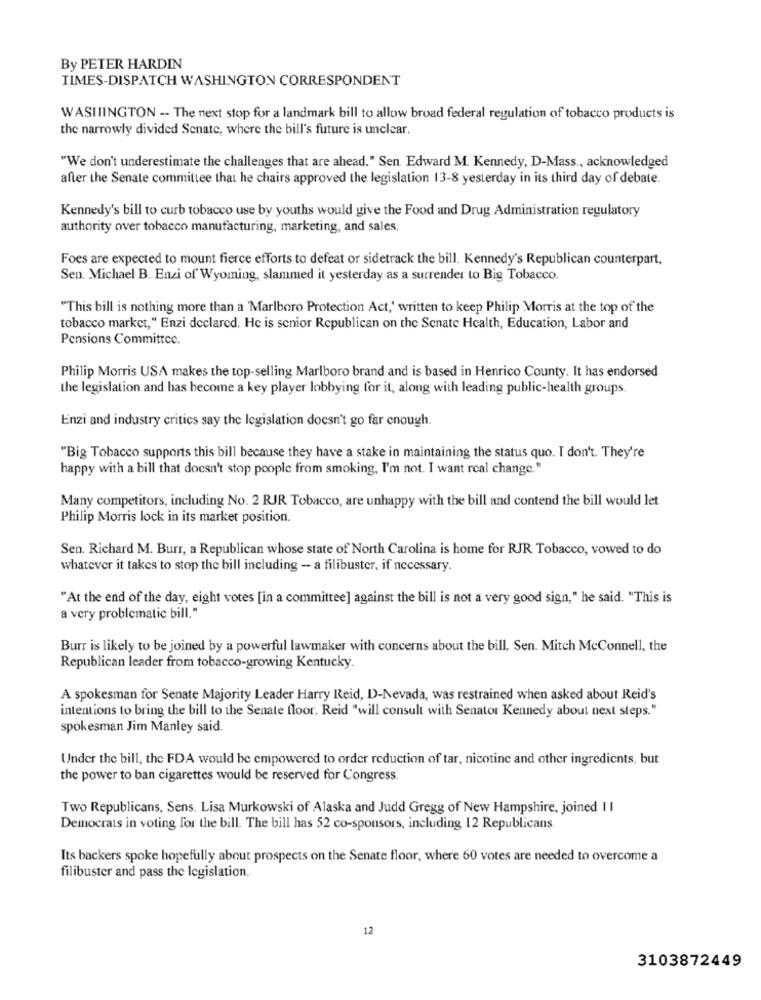
By PETER HARDIN
TIMES-DISPATCH WASHINGTON CORRESPONDENT
WASHIINGTON -- The next stop for a landmark bill to allow broad federal regulation of tobacco products is
the narrowly divided Senate, where the bill's future is unclear.
"We don't underestimate the challenges that are ahead." Sen. Edward M. Kennedy, D-Mass ., acknowledged
after the Senate committee that he chairs approved the legislation 13-8 yesterday in its third day of debate.
Kennedy's bill to curb tobacco use by youths would give the Food and Drug Administration regulatory
authority over tobacco manufacturing, marketing, and sales.
Foes are expected to mount fierce efforts to defeat or sidetrack the bill. Kennedy's Republican counterpart.
Sen. Michael B. Enzi of Wyoming, slammed it yesterday as a surrender to Big Tobacco.
"This bill is nothing more than a 'Marlboro Protection Act,' written to keep Philip Morris at the top of the
tobacco market," Enzi declared. He is senior Republican on the Senate Health, Education, Labor and
Pensions Committee.
Philip Morris USA makes the top-selling Marlboro brand and is based in Henrico County. It has endorsed
the legislation and has become a key player lobbying for it, along with leading public-health groups.
Enzi and industry critics say the legislation doesn't go far enough.
"Big Tobacco supports this bill because they have a stake in maintaining the status quo. I don't. They're
happy with a bill that doesn't stop people from smoking, I'm not. I want real change."
Many competitors, including No. 2 RJR Tobacco, are unhappy with the bill and contend the bill would let
Philip Morris lock in its market position.
Sen. Richard M. Burr, a Republican whose state of North Carolina is home for RJR Tobacco, vowed to do
whatever it takes to stop the bill including - a filibuster, if necessary.
"At the end of the day, eight votes [in a committee] against the bill is not a very good sign," he said. "This is
a very problematic bill."
Burr is likely to be joined by a powerful lawmaker with concerns about the bill, Sen. Mitch Mcconnell, the
Republican leader from tobacco-growing Kentucky.
A spokesman for Senate Majority Leader Harry Reid, D-Nevada, was restrained when asked about Reid's
intentions to bring the bill to the Senate floor. Reid "will consult with Senator Kennedy about next steps."
spokesman Jim Manley said.
Under the bill, the FDA would be empowered to order reduction of tar, nicotine and other ingredients, but
the power to ban cigarettes would be reserved for Congress.
Two Republicans, Sens. Lisa Murkowski of Alaska and Judd Gregg of New Hampshire, joined Il
Democrats in voting for the bill. The bill has 52 co-sponsors, including 12 Republicans
Its backers spoke hopefully about prospects on the Senate floor, where 60 votes are needed to overcome a
filibuster and pass the legislation.
12
3103872449